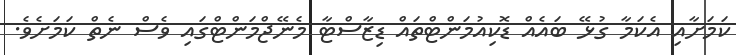
ކަމަށާއި އެކަމާ ގުޅޭ ބައެއް ޑޮކިއުމަންޓްތައް ޑިޒާސްޓާ މެނޭޖްމަންޓްގައި ވެސް ނެތް ކަމަށެވެ.